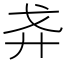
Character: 𢌵